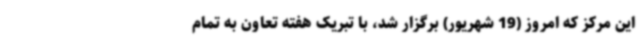
این مرکز که امروز (19 شهریور) برگزار شد، با تبریک هفته تعاون به تمام